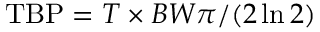
\mathrm { T B P } = T \times B W \pi / ( 2 \ln 2 )